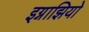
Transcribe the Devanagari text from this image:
इग्नाझियो